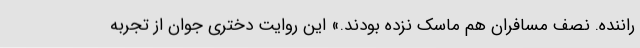
راننده. نصف مسافران هم ماسک نزده بودند.» این روایت دختری جوان از تجربه